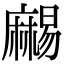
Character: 𪎥